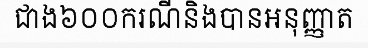
ជាង៦០០ករណីនិងបានអនុញ្ញាត